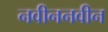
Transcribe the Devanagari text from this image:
नवीननवीन